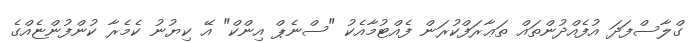
ގްލާސްފަދަ އުފެއްދުންތައް ތަޢާރަފްކުރަން ފެއްޓުމާއެކު "ސްނެޕް އިންކް" އޭ ކިޔުނު ކެމެރާ ކުންފުންޏެއްގެ